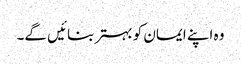
وہ اپنے ایمان کو بہتر بنائیں گے۔